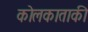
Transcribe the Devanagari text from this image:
कोलकाताकी